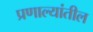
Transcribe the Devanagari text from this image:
प्रणाल्यांतील